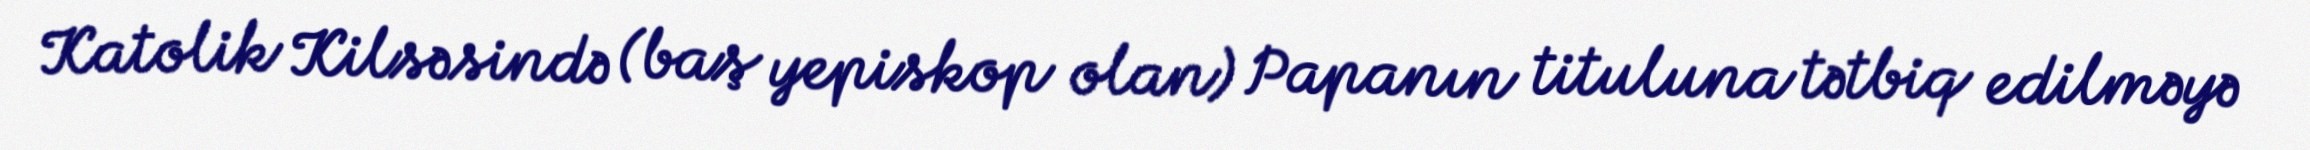
Katolik Kilsəsində (baş yepiskop olan) Papanın tituluna tətbiq edilməyə